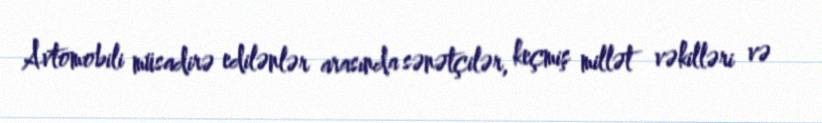
Avtomobili müsadirə edilənlər arasında sənətçilər, keçmiş millət vəkilləri və